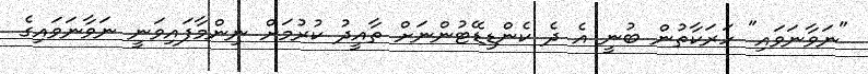
"ނަވާނަވައި" ހަރަކާތުން ބުނީ އެ ދެ ކެންޑިޑޭޓުންނަށް ތާއީދު ކުރުމަށް ނިންމާފައިވަނީ ނަވާނަވައިގެ